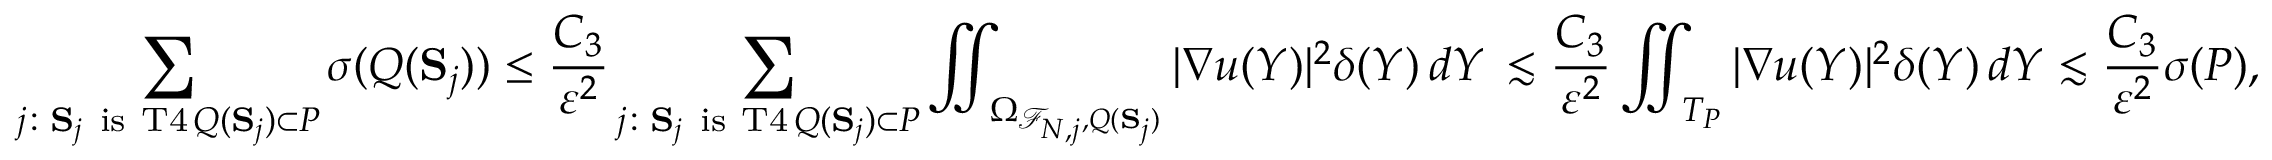
\sum _ { \substack { j \colon { \bf S } _ { j } \mathrm { ~ i s ~ T 4 } \, Q ( { \bf S } _ { j } ) \subset P } } \sigma ( Q ( { \bf S } _ { j } ) ) \le \frac { C _ { 3 } } { \varepsilon ^ { 2 } } \sum _ { \substack { j \colon { \bf S } _ { j } \mathrm { ~ i s ~ T 4 } \, Q ( { \bf S } _ { j } ) \subset P } } \iint _ { \Omega _ { \mathcal { F } _ { N , j } , Q ( { \bf S } _ { j } ) } } | \nabla u ( Y ) | ^ { 2 } \delta ( Y ) \, d Y \, \lesssim \frac { C _ { 3 } } { \varepsilon ^ { 2 } } \iint _ { T _ { P } } | \nabla u ( Y ) | ^ { 2 } \delta ( Y ) \, d Y \lesssim \frac { C _ { 3 } } { \varepsilon ^ { 2 } } \sigma ( P ) ,